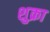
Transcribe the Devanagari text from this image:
शुक्रा